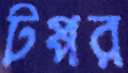
টপ্পর